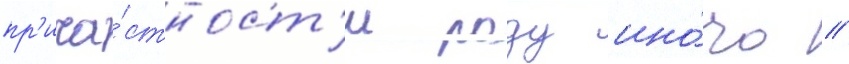
пр'ича́стност'и роду ино́го //